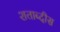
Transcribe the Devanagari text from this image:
शताब्दीस